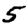
Digit: 5